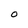
Character: 0